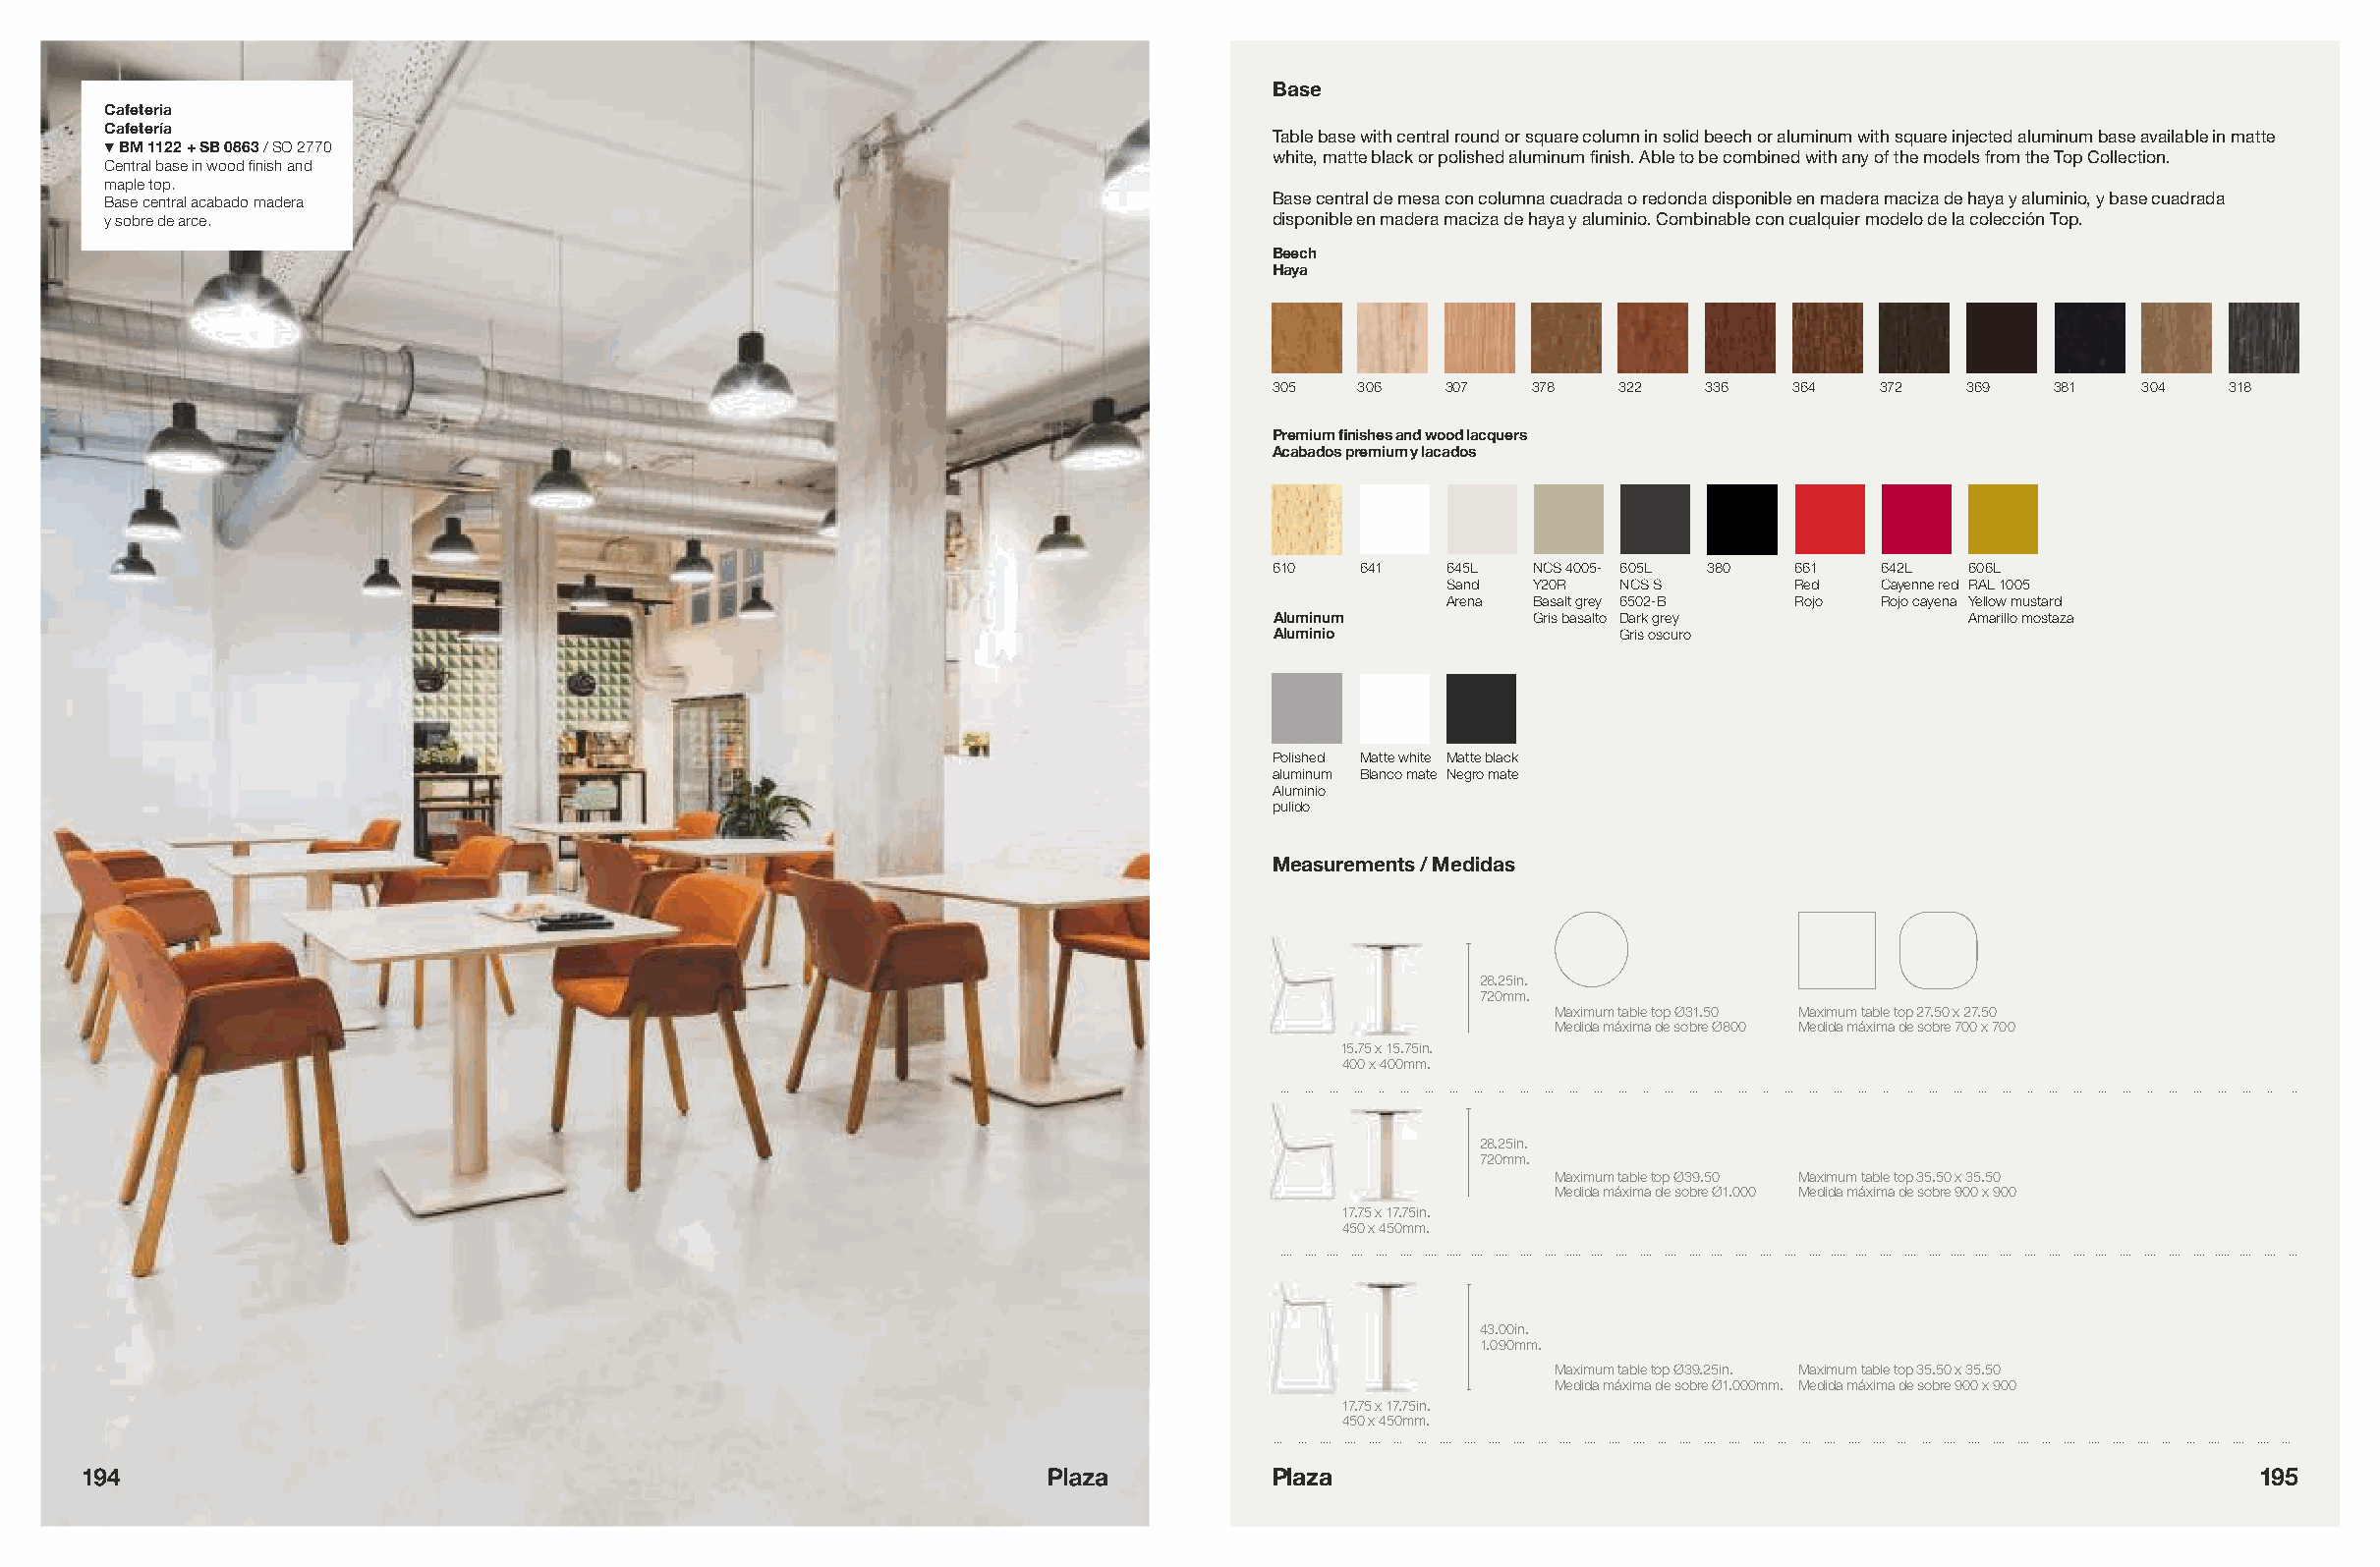
Base
 Cafeteria
 Cafetería
 Table base with central round or square column in solid beech or aluminum with square injected aluminum base available in matte
 !BM 1122 + SB 0863 / SO 2770
 white, matte black or polished aluminum finish. Able to be combined with any of the models from the Top Collection.
 Central base in wood finish and
 maple top.
 Base central acabado madera                                                    Base central de mesa con columna cuadrada o redonda disponible en madera maciza de haya y aluminio, y base cuadrada
 y sobre de arce.                                                               disponible en madera maciza de haya y aluminio. Combinable con cualquier modelo de la colección Top.
 Beech
 Haya
 305  306   307   378   322   336   364   372  369   381   304   318
 Premium finishes and wood lacquers
 Acabados premium y lacados
 610   641  645L  NCS 4005- 605L 380 661  642L  606L
 Sand  Y20R  NCS S       Red   Cayenne red RAL 1005
 Arena Basalt grey 6502-B Rojo Rojo cayena Yellow mustard
 Aluminum         Gris basalto Dark grey        Amarillo mostaza
 Aluminio               Gris oscuro
 Polished Matte white Matte black
 aluminum Blanco mate Negro mate
 Aluminio
 pulido
 Measurements / Medidas
 28.25in.
 720mm.
 Maximum table top Ø31.50 Maximum table top 27.50 x 27.50
 Medida máxima de sobre Ø800 Medida máxima de sobre 700 x 700
 15.75 x 15.75in.
 400 x 400mm.
 28.25in.
 720mm.
 Maximum table top Ø39.50 Maximum table top 35.50 x 35.50
 Medida máxima de sobre Ø1.000 Medida máxima de sobre 900 x 900
 17.75 x 17.75in.
 450 x 450mm.
 43.00in.
 1.090mm.
 Maximum table top Ø39.25in. Maximum table top 35.50 x 35.50
 Medida máxima de sobre Ø1.000mm. Medida máxima de sobre 900 x 900
 17.75 x 17.75in.
 450 x 450mm.
 194                                                               Plaza          Plaza                                                             195